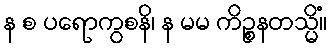
န စ ပရောကွစနိ၊ န မမ ကိဉ္စနတသ္မိံ။